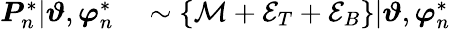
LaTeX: \begin{array}{rl}{\boldsymbol{P}_{n}^{*}|\boldsymbol{\vartheta},\boldsymbol{\varphi}_{n}^{*}}&{{}\sim\{ \mathcal{M}+\mathcal{E}_{T}+\mathcal{E}_{B}\} |\boldsymbol{\vartheta},\boldsymbol{\varphi}_{n}^{*}}\end{array}